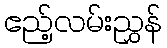
ဧည့်လမ်းညွှန်